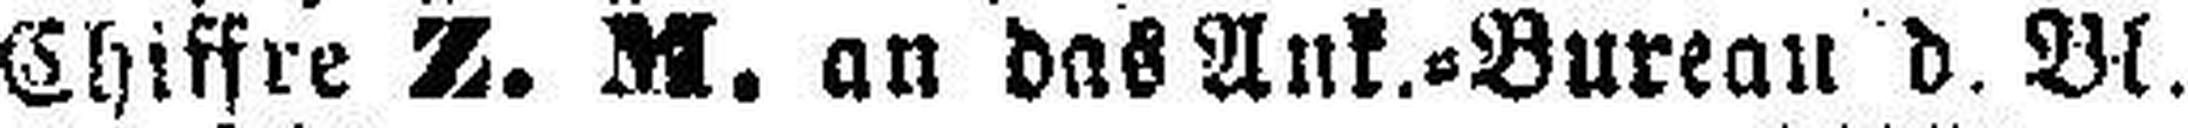
Chiffre Z. M. an das Ank.=Bureau d. Bl.